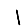
Digit: 1